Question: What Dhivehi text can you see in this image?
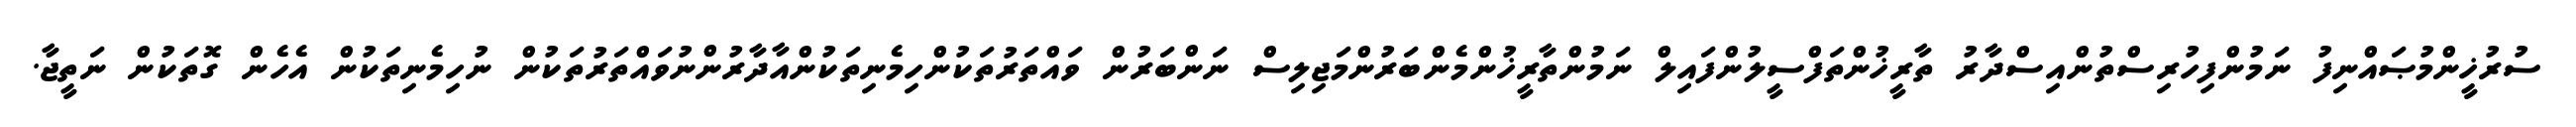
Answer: ސުރުޚީންމުޞައްނިފު ނަމުންފިހުރިސްތުންއިސްދާރު ތާރީޚުންތަފްސީލުންފައިލް ނަމުންތާރީޚުންމެންބަރުންމަޖިލިސް ނަންބަރުން ވައްތަރުތަކުންހިމެނިތަކުންއާދާރުންނުވައްތަރުތަކުން ނުހިމެނިތަކުން އެހެން ގޮތަކުން ނަތީޖާ.